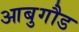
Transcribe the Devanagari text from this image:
आबुगौड